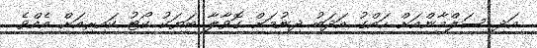
އަދި ސަލްމާންއަށް ހައްގު އަދަބު ދިނުމަށް ގޮވާލާ ބަޔަކު ކޯޓު ކައިރިއަށް އެއްވެ